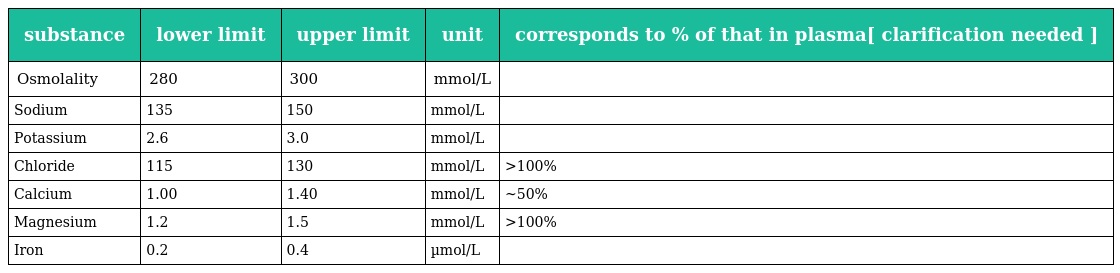
| substance | lower limit | upper limit | unit | corresponds to % of that in plasma[ clarification needed ] |
 | --- | --- | --- | --- | --- |
 | Osmolality | 280 | 300 | mmol/L |  |
 | Sodium | 135 | 150 | mmol/L |  |
 | Potassium | 2.6 | 3.0 | mmol/L |  |
 | Chloride | 115 | 130 | mmol/L | >100% |
 | Calcium | 1.00 | 1.40 | mmol/L | ~50% |
 | Magnesium | 1.2 | 1.5 | mmol/L | >100% |
 | Iron | 0.2 | 0.4 | µmol/L |  |